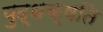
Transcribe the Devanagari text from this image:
युद्धक्षति